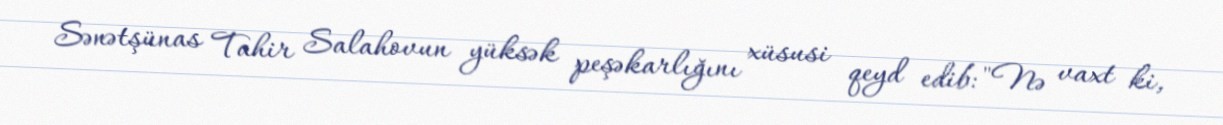
Sənətşünas Tahir Salahovun yüksək peşəkarlığını xüsusi qeyd edib: "Nə vaxt ki,